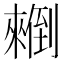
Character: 𰃄